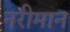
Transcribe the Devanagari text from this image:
नरीमान